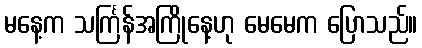
မနေ့က သင်္ကြန်အကြိုနေ့ဟု မေမေက ပြောသည်။